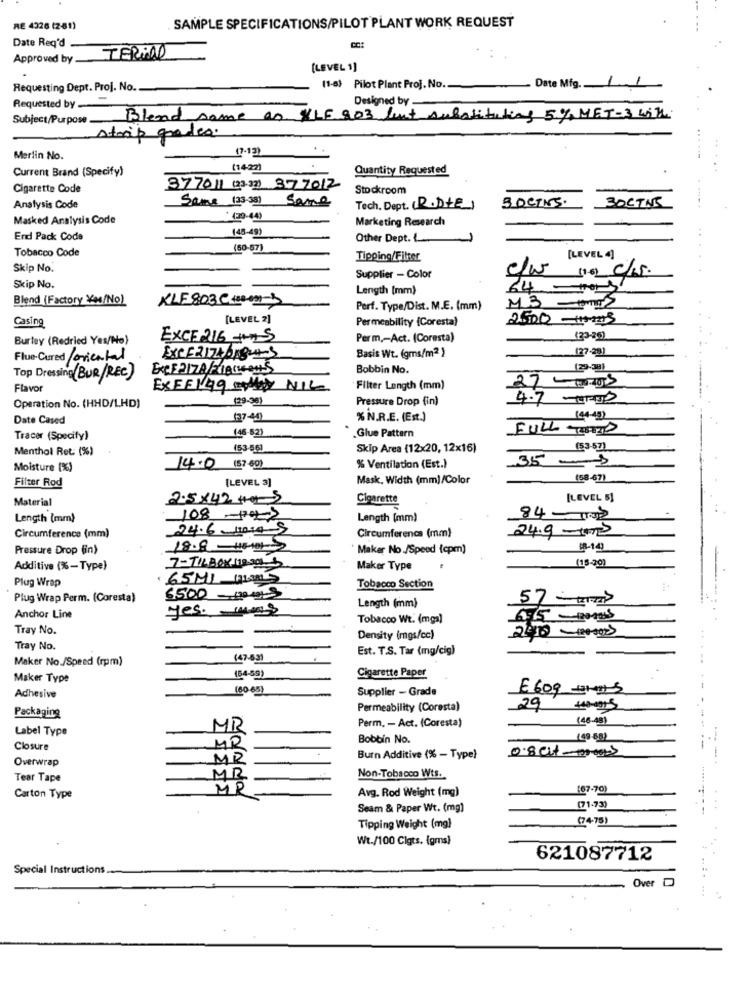
RE 4326 (2-61)
SAMPLE SPECIFICATIONS/PILOT PLANT WORK REQUEST
Date Req'd .
TERIA
Approved by_
[LEVEL 1]
Requesting Dept. Proj. No.
(1-8) Pilot Plant Proj. No.
Date Mig. 11
Designed by
Requested by.
Subject/Purpose.
Blend same as XLE 903 fuit substituting 5% MET-3 with.
strip grades.
Merlin No.
Current Brand (Specify)
(1422)
Quantity Requested
Cigarette Code
377011 (23.32) 377012
Stockroom
Same (33.381
BOCINS.
3OCTNE
Analysis Code
Same
Tech. Dept. (R.DIE)
Masked Analysis Code
*(29-44)
Marketing Research
(48-49)
End Pack Code
Other Dept. L.
Tobacco Code
(50-57)
Tipping/Filter
[LEVEL 4]
Skip No.
(16) C/.s.
Supplier - Color
Skip No.
Length (mm)
64-101s
Blend (Factory Yes/No)
M3
KLE803 Cmms
Perf. Type/Dist. M.E. (mm)
Casing
[LEVEL 2]
Permeability (Coresta)
2500 -10003
Burley (Redried Yes/No)
EXCE 216 Ans
Perm ,- Act. (Coresta)
(23-25)
Basis Wt. (gms/m2 )
(27-28)
Flue-Cured /oriental
Bobbin No.
(29-38)
Top Dressing (BUR/REC)
27 -MOS
Flavor
EXFF149 MONEY NIC
Filter Length (mm)
(29-36)
Pressure Drop (in)
4.7 -0REP
Operation No. (HHD/LHD)
Date Cased
127-40
% N.R.E. (Est.)
(44-49)
(46-82)
FULL HD
Tracer (Specify)
Glue Pattern
Menthol Ret. (%)
153-56
Skip Area (12x20, 12x16)
(53-57)
35 -3
Moisture [%)
14.0
(57-60)
% Ventilation (Est.)
Filter Rod
Mask, Width (mm)/Color
(58-67)
[LEVEL 3]
Material
2.5x42 Hos
Cigarette
[LEVEL 5]
Length (mm)
108 -10-2
Length (mm)
84-11.32
24.6 10:4-5
Circumference (mm)
24.9-13
Circumference (mm)
Pressure Drop (in)
18.8 -HOS
Maker No./Speed (cpm)
$8-143
(15-70)
Additive (%-Type)
7-TILBORMIOSOL
Maker Type
Plug Wrap
65MI HLAS
Tobacco Section
Plug Wrap Perm. (Coresta)
6500 - 100019
Length (mm)
yes. mas
Anchor Line
Tobacco Wt. (mgs)
Tray No.
Density (mgs/cc)
Tray No.
Est. T.S. Tar (mg/cig)
Maker No./Speed (rpm)
(47-63)
Cigarette Paper
Maker Type
(54-59)
(60-65)
Supplier - Grade
E609 5
Adhesive
Packaging
Permeability (Coresta)
29 1MOIS
Perm. - Act. (Coresta)
(48-48)
Label Type
MR
MR
Bobbin No.
(49-88)
Closure
0.8 cut-000>
-
Overwrap
MR
Burn Additive (% - Type)
Tear Tape
MR
Non-Tobacco Wts.
MP
Avg. Rod Weight (mg)
167-70)
Carton Type
Seam & Paper Wt. (mg)
(71-73)
(74-75)
Tipping Weight (mg)
Wt./100 Clgts. (gms)
621087712
Special Instructions
Over D